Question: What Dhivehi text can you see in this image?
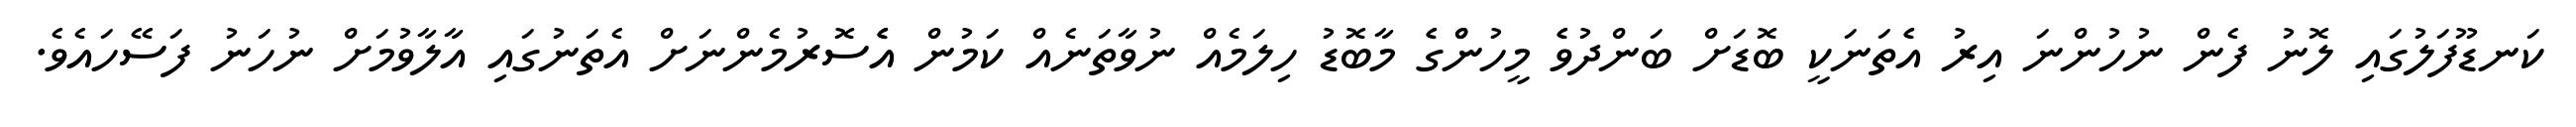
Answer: ކަނޑޫފަލުގައި ލޮނު ފެން ނުހުންނަ އިރު އެެތަނަކީ ބޮޑަށް ބަންދުވެެ މީހުންްގެެ މާބޮޑު ހިލަމެއް ނުވާތަނެއް ކަމުން އެެެސޮރުމެންނަށް އެތަނުގައި އާލާވުމަށް ނުހަނު ފަސޭހައެވެ.